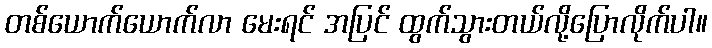
တစ်ယောက်ယောက်လာ မေးရင် အပြင် ထွက်သွားတယ်လို့ပြောလိုက်ပါ။